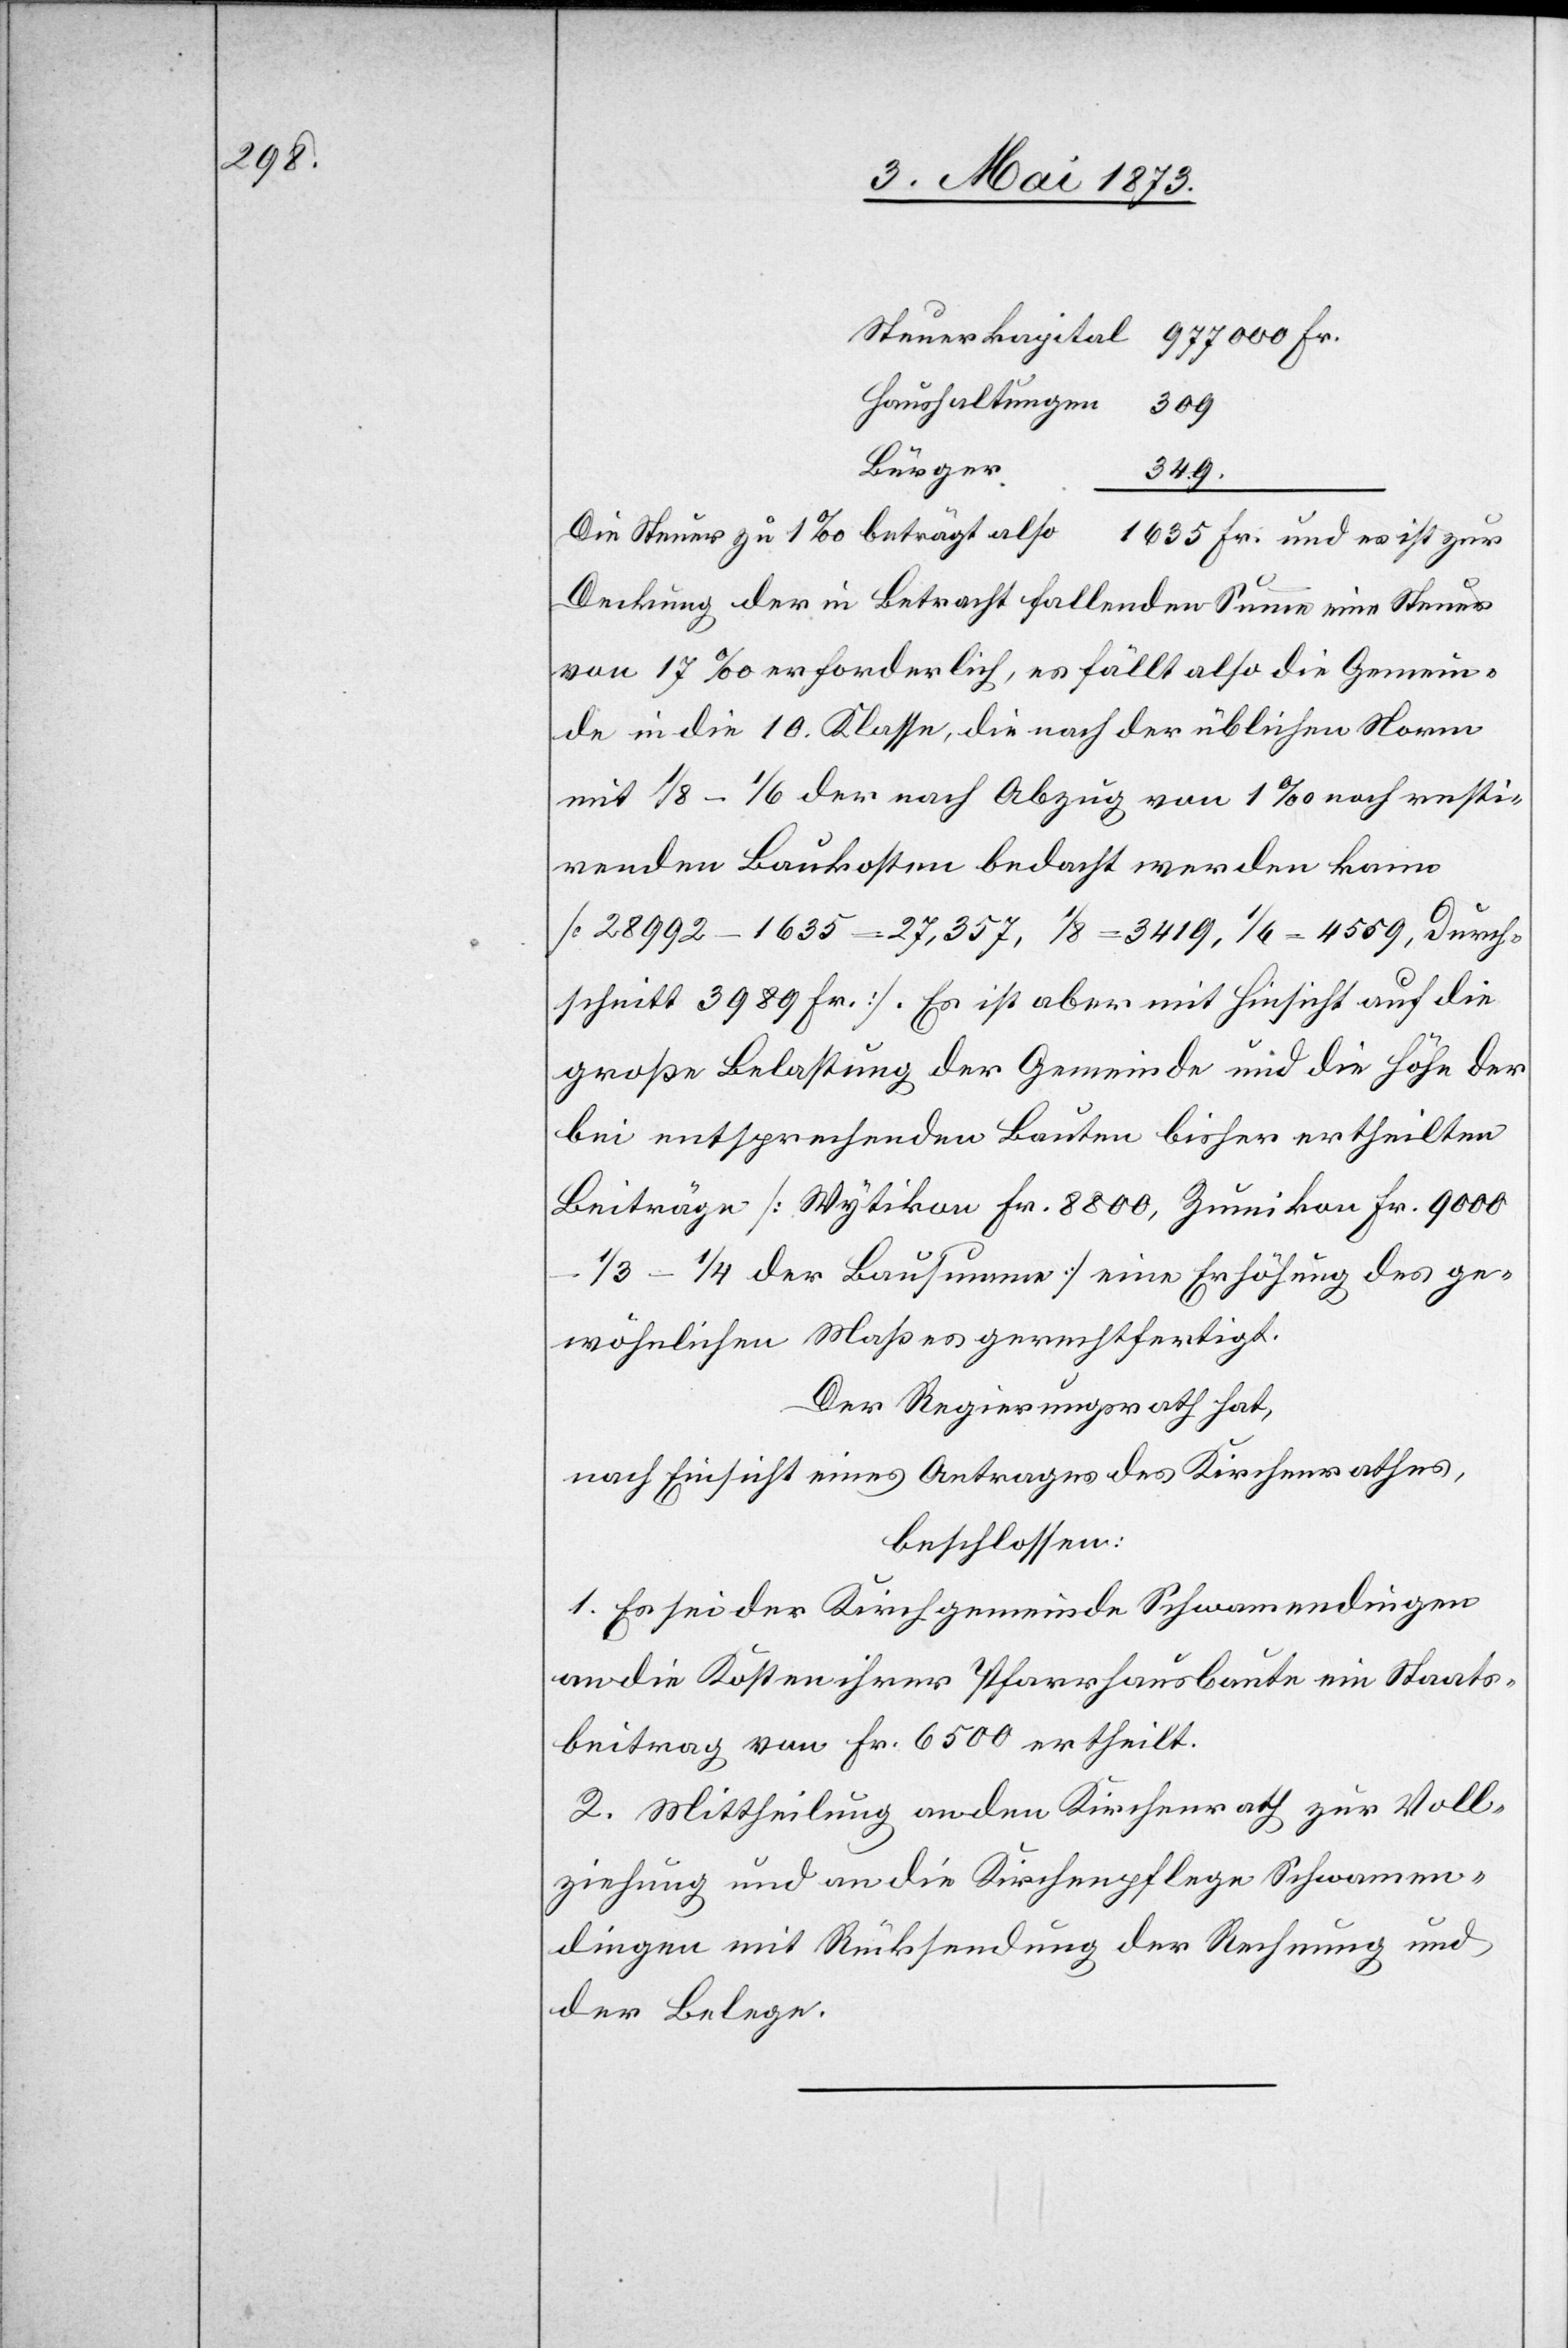
977

Haushaltungen
Bürger
349.
Die Steuer zu 1‰ beträgt also 1 635 Fr. und es ist zur
Deckung der in Betracht fallenden Summe eine Steuer
von 17‰ erforderlich, es fällt also die Gemein¬
de in die 10. Klasse, die nach der üblichen Norm
mit 1/8–1/6 der nach Abzug von 1‰ noch resti¬
renden Baukosten bedacht werden kann
[28 992 – 1 635 = 27,357, 1/8 = 3 419, 1/6 = 4 559, Durch¬
schnitt 3 989 Fr.]. Es ist aber mit Hinsicht auf die
große Belastung der Gemeinde und die Höhe der
bei entsprechenden Bauten bisher ertheilten
Beiträge [Wytikon Fr. 8 800, Zumikon Fr. 9 000
1/3–1/4 der Bausumme] eine Erhöhung des ge¬
wöhnlichen Maßes gerechtfertigt.
Der Regierungsrath hat,
nach Einsicht eines Antrages des Kirchenrathes,
beschlossen:
1. Es sei der Kirchgemeinde Schwamendingen
an die Kosten ihrer Pfarrhausbaute ein Staats¬
beitrag von Fr. 6 500 ertheilt.
2. Mittheilung an den Kirchenrath zur Voll¬
ziehung und an die Kirchenpflege Schwamen¬
dingen mit Rücksendung der Rechnung und
der Belege.